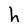
Character: h